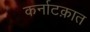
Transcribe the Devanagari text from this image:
कर्नाटक़ात